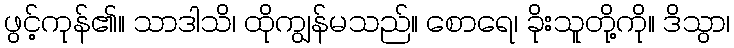
ဖွင့်ကုန်၏။ သာဒါသိ၊ ထိုကျွန်မသည်။ စောရေ၊ ခိုးသူတို့ကို။ ဒိသွာ၊